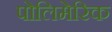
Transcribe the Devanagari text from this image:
पोलिमेरिक